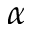
\alpha